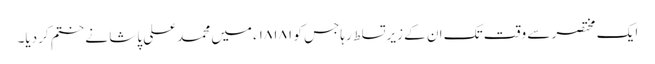
ایک مختصر سے وقت تک ان کے زیرتسلط رہاجس کو ۱۸۱۸۱ء میں محمدعلی پاشا نے ختم کردیا۔